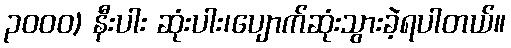
၃၀၀၀) နီးပါး ဆုံးပါး၊ပျောက်ဆုံးသွားခဲ့ရပါတယ်။